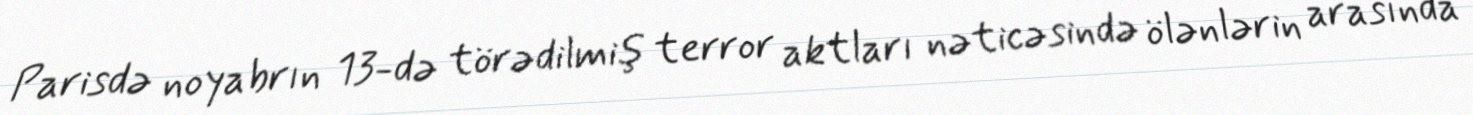
Parisdə noyabrın 13-də törədilmiş terror aktları nəticəsində ölənlərin arasında